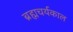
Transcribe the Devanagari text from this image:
ब्रह्मचर्यकाल